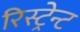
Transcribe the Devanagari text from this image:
रिस्ट्रेन्ट